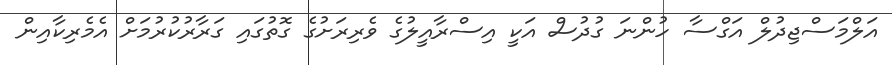
އަލްމަސްޖިދުލް އަގްސާ ހުންނަ ގުދުސް އަކީ އިސްރާއީލުގެ ވެރިރަށުގެ ގޮތުގައި ގަރާރުކުރުމަށް އެމެރިކާއިން